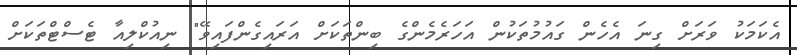
އެކަމަކު ވަރަށް ގިނަ އެހެން ގައުމުތަކުން އަހަރެމެންގެ ބިންތަކަށް އަރައިގެންފައިވޭ" ނިއުކްލިއާ ޓެސްޓްތަކަށް